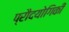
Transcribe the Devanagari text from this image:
प्रौदयोगिकी